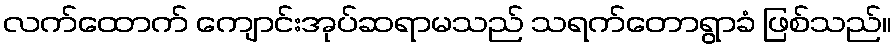
လက်ထောက် ကျောင်းအုပ်ဆရာမသည် သရက်တောရွာခံ ဖြစ်သည်။